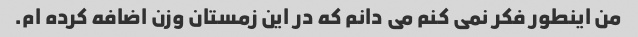
من اینطور فکر نمی کنم می دانم که در این زمستان وزن اضافه کرده ام.